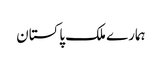
ہمارے ملک پاکستان